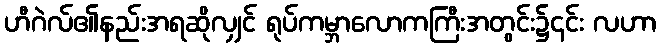
ဟီဂဲလ်၏နည်းအရဆိုလျှင် ရုပ်ကမ္ဘာလောကကြီးအတွင်း၌၎င်း လဟာ